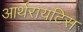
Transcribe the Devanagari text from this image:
आर्थरायटिस